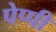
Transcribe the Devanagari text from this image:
पेप्पी